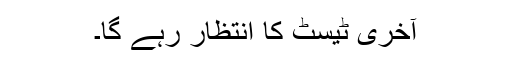
آخری ٹیسٹ کا انتظار رہے گا۔